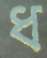
ধ